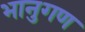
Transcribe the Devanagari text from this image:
भानुगण